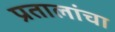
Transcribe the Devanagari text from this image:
प्रतालांचा